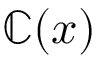
\mathbb { C } ( x )